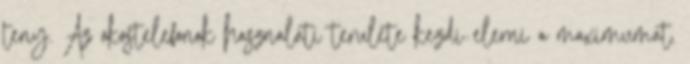
teny. Az okostelefonok hasznalati terulete kezdi elerni a maximumat.